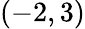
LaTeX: (-2,3)